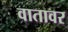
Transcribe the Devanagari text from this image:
वातावर